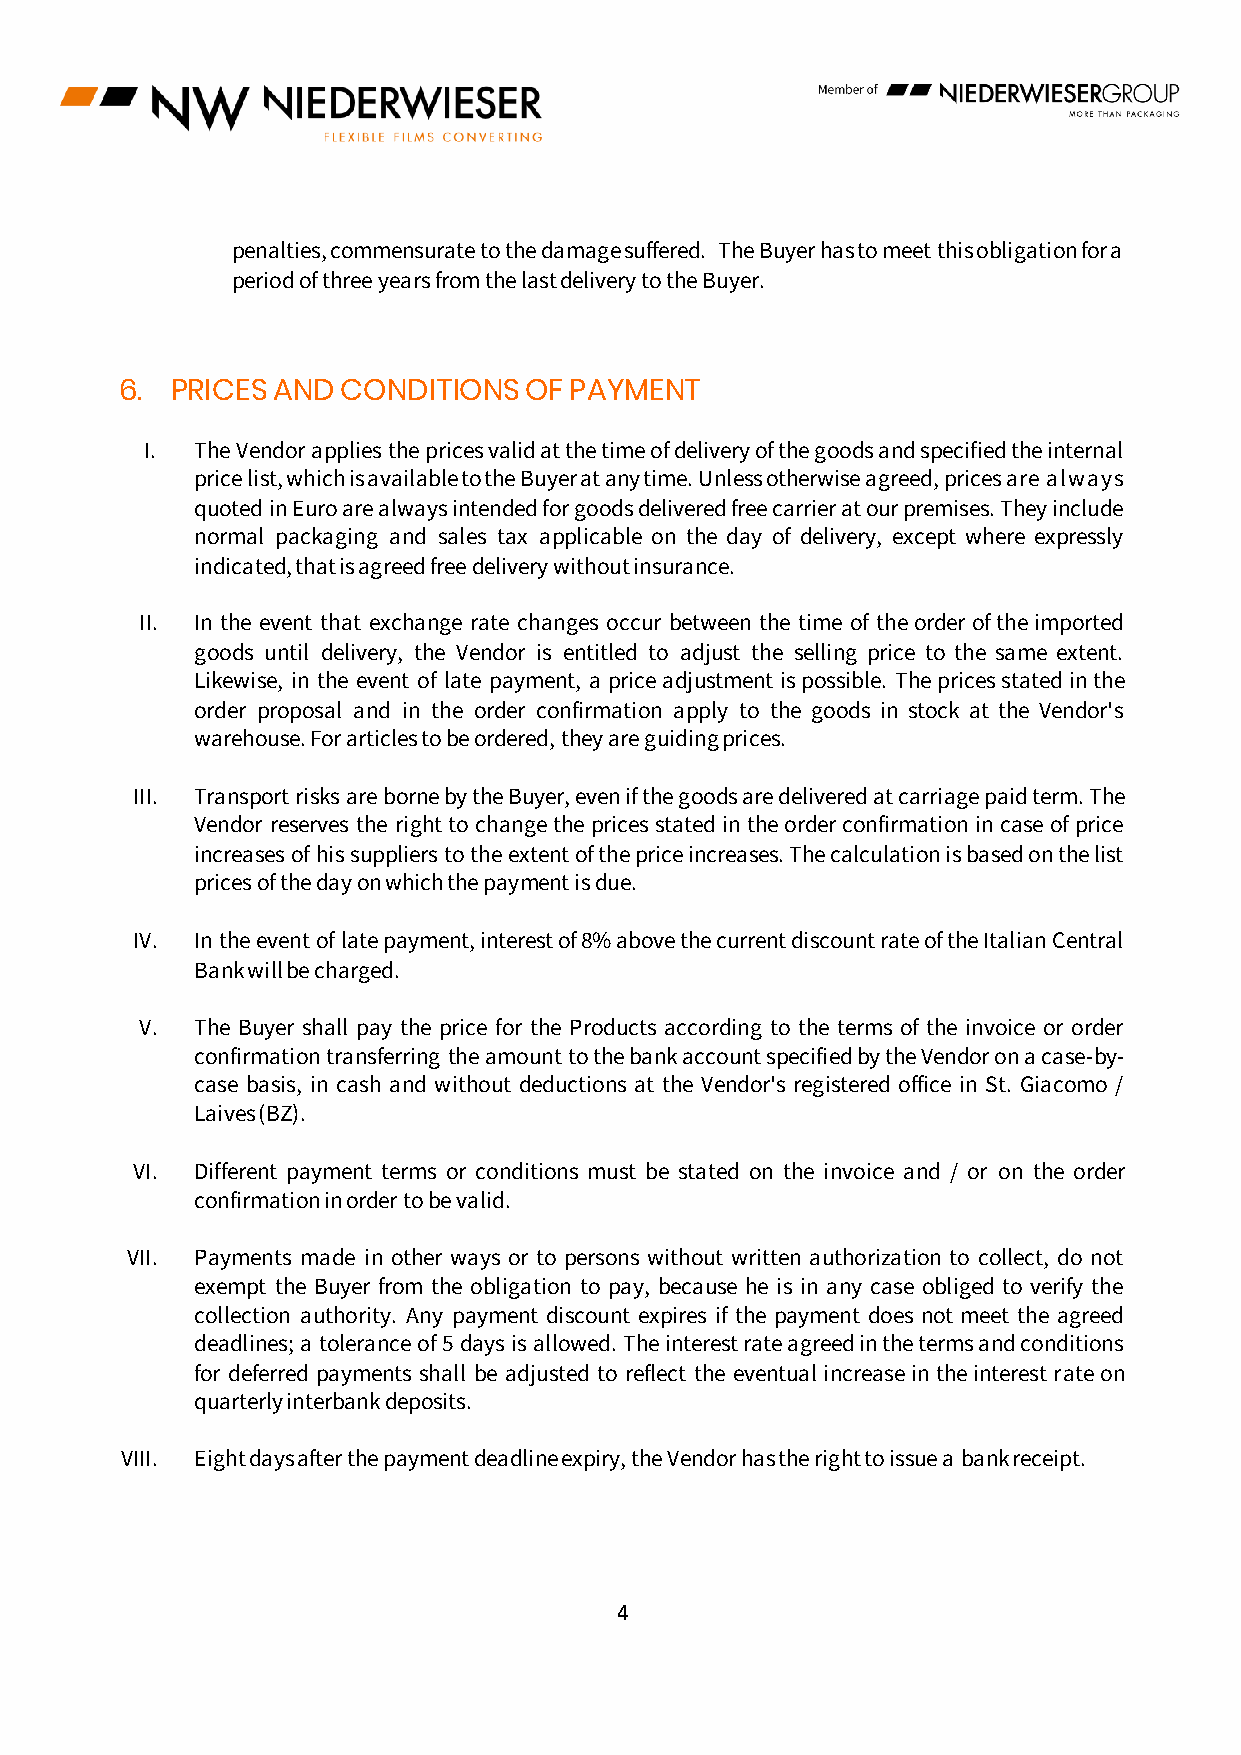
penalties, commensurate to the damage suffered. The Buyer has to meet this obligation for a
 period of three years from the last delivery to the Buyer.
 6. PRICES AND  CONDITIONS  OF PAYMENT
 I. The Vendor applies the prices valid at the time of delivery of the goods and specified the internal
 price list, which is available to the Buyer at any time. Unless otherwise agreed, prices are always
 quoted in Euro are always intended for goods delivered free carrier at our premises. They include
 normal packaging and sales tax applicable on the day of delivery, except where expressly
 indicated, that is agreed free delivery without insurance.
 II. In the event that exchange rate changes occur between the time of the order of the imported
 goods until delivery, the Vendor is entitled to adjust the selling price to the same extent.
 Likewise, in the event of late payment, a price adjustment is possible. The prices stated in the
 order proposal and in the order confirmation apply to the goods in stock at the Vendor's
 warehouse. For articles to be ordered, they are guiding prices.
 III. Transport risks are borne by the Buyer, even if the goods are delivered at carriage paid term. The
 Vendor reserves the right to change the prices stated in the order confirmation in case of price
 increases of his suppliers to the extent of the price increases. The calculation is based on the list
 prices of the day on which the payment is due.
 IV. In the event of late payment, interest of 8% above the current discount rate of the Italian Central
 Bank will be charged.
 V.  The Buyer shall pay the price for the Products according to the terms of the invoice or order
 confirmation transferring the amount to the bank account specified by the Vendor on a case-by-
 case basis, in cash and without deductions at the Vendor's registered office in St. Giacomo /
 Laives (BZ).
 VI. Different payment terms or conditions must be stated on the invoice and / or on the order
 confirmation in order to be valid.
 VII. Payments made in other ways or to persons without written authorization to collect, do not
 exempt the Buyer from the obligation to pay, because he is in any case obliged to verify the
 collection authority. Any payment discount expires if the payment does not meet the agreed
 deadlines; a tolerance of 5 days is allowed. The interest rate agreed in the terms and conditions
 for deferred payments shall be adjusted to reflect the eventual increase in the interest rate on
 quarterly interbank deposits.
 VIII. Eight days after the payment deadline expiry, the Vendor has the right to issue a bank receipt.
 4